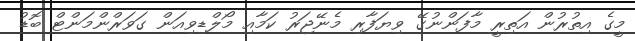
މީގެ އިތުރުން އަތިރީ މާފަންނުގޭ ވިޔަފާރި މެނޭޖަރު ކަމާއި މޯލްޑިވިއަން ގަވަރްންމަންޓް ބޮޑު